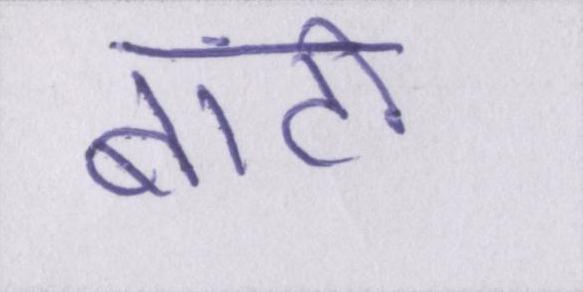
बांटो